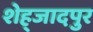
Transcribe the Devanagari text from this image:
शेह्जादपुर